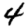
Digit: 4